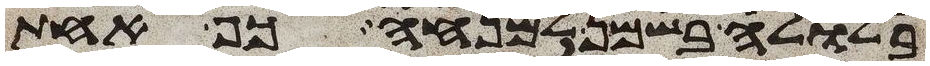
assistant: בלולה בשמן למנחה כף אחת